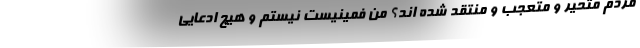
مردم متحیر و متعجب و منتقد شده اند؟ من فمینیست نیستم و هیچ ادعایی